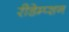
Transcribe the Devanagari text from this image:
रीडेम्प्शन